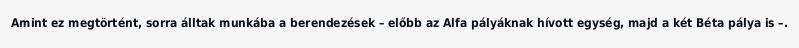
Amint ez megtörtént, sorra álltak munkába a berendezések – előbb az Alfa pályáknak hívott egység, majd a két Béta pálya is –.